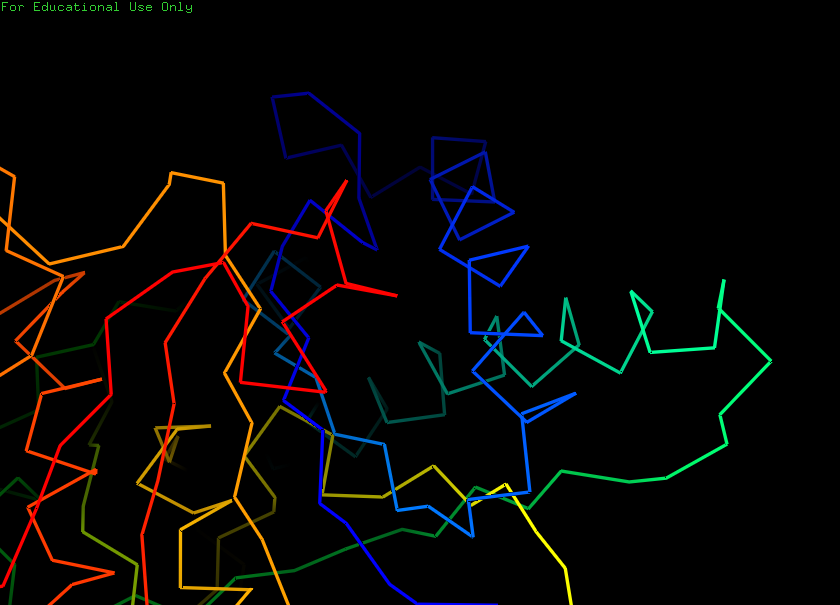
pymol, preset, ligand_sites_trans_hq